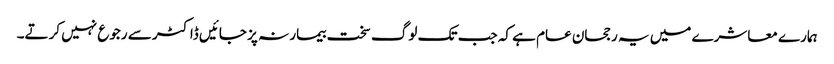
ہمارے معاشرے میں یہ رجحان عام ہے کہ جب تک لوگ سخت بیمار نہ پز جائیں ڈاکٹر سے رجوع نہیں کرتے۔